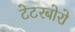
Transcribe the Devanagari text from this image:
टेटरबोरो